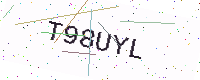
Text: T98UYL